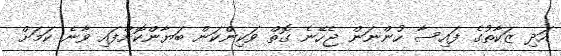
އަދި ޒަކާތުގެ ފައިސާ ހުންނަން ޖެހޭނެ ގޮތް ވަކިންކަން ބަޔާންކޮށްފައި ވާނެ ކަމަށް